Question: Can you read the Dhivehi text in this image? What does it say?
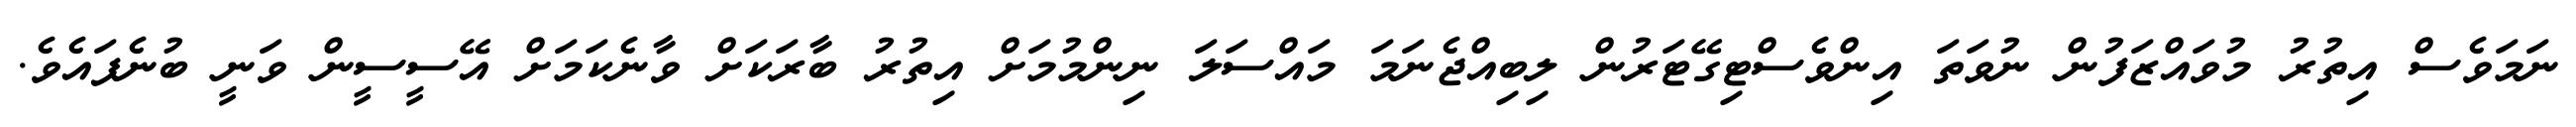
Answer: ނަމަވެސް އިތުރު މުވައްޒަފުން ނުވަތަ އިންވެސްޓިގޭޓަރުން ލިބިއްޖެނަމަ މައްސަލަ ނިންމުމަށް އިތުރު ބާރަކަށް ވާނެކަމަށް އޭސީސީން ވަނީ ބުނެފައެވެ.